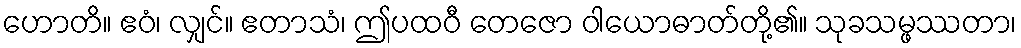
ဟောတိ။ ဧဝံ၊ လျှင်။ ဧတာသံ၊ ဤပထဝီ တေဇော ဝါယောဓာတ်တို့၏။ သုခသမ္ဖဿတာ၊